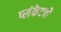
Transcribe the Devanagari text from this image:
प्लंकेटची